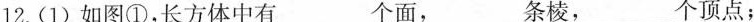
12.(1)如图①，长方体中有___个面，___条棱，___个顶点；